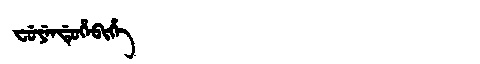
Manchu: ᠸᡠᠶᡝᠨᡩᡠᡥᡝᠪᡳᡥᡝ
Romanization: FUYENDUHEBIHE